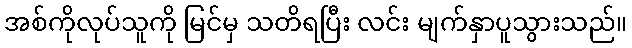
အစ်ကိုလုပ်သူကို မြင်မှ သတိရပြီး လင်း မျက်နှာပူသွားသည်။